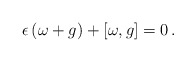
\begin{align*}\epsilon \, (\omega + g) + [\omega,g] =0 \, .\end{align*}